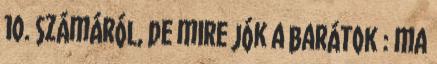
10. számáról, de mire jók a barátok : ma